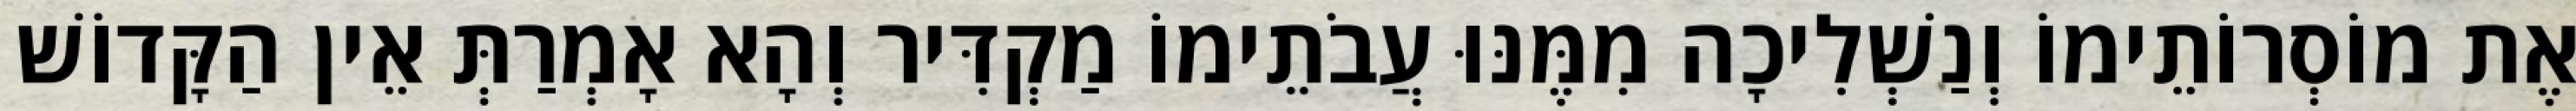
אֶת מוֹסְרוֹתֵימוֹ וְנַשְׁלִיכָה מִמֶּנּוּ עֲבֹתֵימוֹ מַקְדִּיר וְהָא אָמְרַתְּ אֵין הַקָּדוֹשׁ